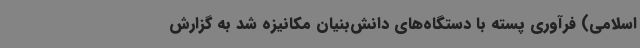
اسلامی) فرآوری پسته با دستگاه‌های دانش‌بنیان مکانیزه شد به گزارش